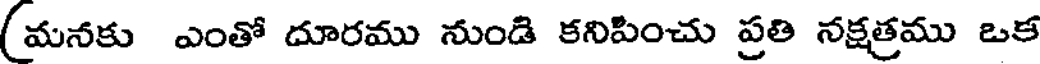
(మనకు ఎంతో దూరము నుండి కనిపించు ప్రతి నక్షత్రము ఒక